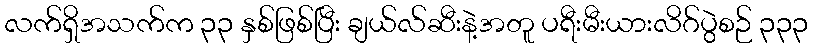
လက်ရှိအသက်က ၃၃ နှစ်ဖြစ်ပြီး ချယ်လ်ဆီးနဲ့အတူ ပရီးမီးယားလိဂ်ပွဲစဉ် ၃၃၃